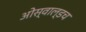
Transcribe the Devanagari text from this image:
ओस्वाल्डच